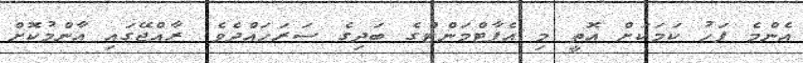
އެންމެ ފަހު ކަމަކަށް އޮތީ މި އެޕާޓްމަންޓްގެ ބަދިގެ ސަރަހައްދެވެ. ރާއްޖޭގައި އާންމުކޮށް